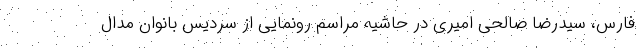
فارس، سیدرضا صالحی امیری در حاشیه مراسم رونمایی از سردیس بانوان مدال